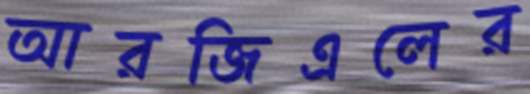
আরজিএলের